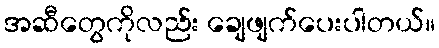
အဆီတွေကိုလည်း ချေဖျက်ပေးပါတယ်။